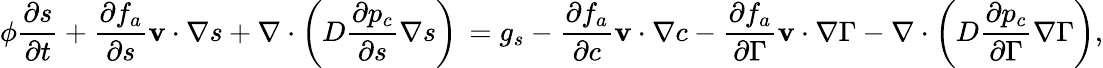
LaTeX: \phi\frac{\partial s}{\partial t}+\frac{\partial f_{a}}{\partial s}{{\mathbf v}}\cdot{\mathbf\nabla}s+{\mathbf\nabla}\cdot\left(D\frac{\partial p_{c}}{\partial s}{\mathbf\nabla}s\right)\, =g_{s}-\frac{\partial f_{a}}{\partial c}{{\mathbf v}}\cdot{\mathbf\nabla}c-\frac{\partial f_{a}}{\partial\Gamma}{{\mathbf v}}\cdot{\mathbf\nabla}\Gamma-{\mathbf\nabla}\cdot\left(D\frac{\partial p_{c}}{\partial\Gamma}{\mathbf\nabla}\Gamma\right),